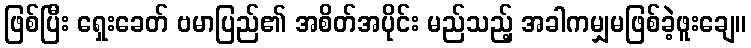
ဖြစ်ပြီး ရှေးခေတ် ဗမာပြည်၏ အစိတ်အပိုင်း မည်သည့် အခါကမျှမဖြစ်ခဲ့ဖူးချေ။